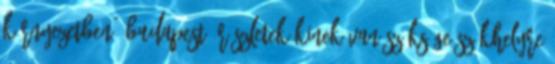
környezetben. Budapest Részletek Kinek van szüksége székhelyre